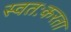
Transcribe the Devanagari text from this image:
स्वतःकरता